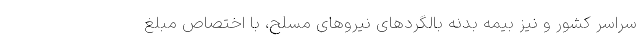
سراسر کشور و نیز بیمه بدنه بالگردهای نیروهای مسلح، با اختصاص مبلغ